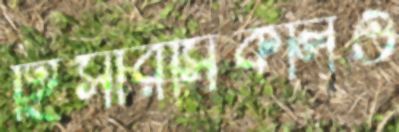
হিসারসিকলিও